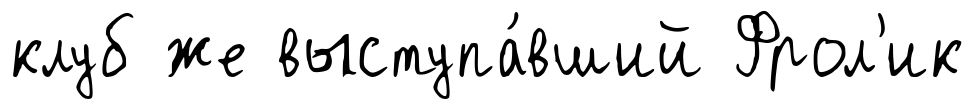
клуб же выступа́вший Фрол'ик